Code of medical and sanitary regulations for the guidance of medical officers serving in the Madras Presidency - Volume II
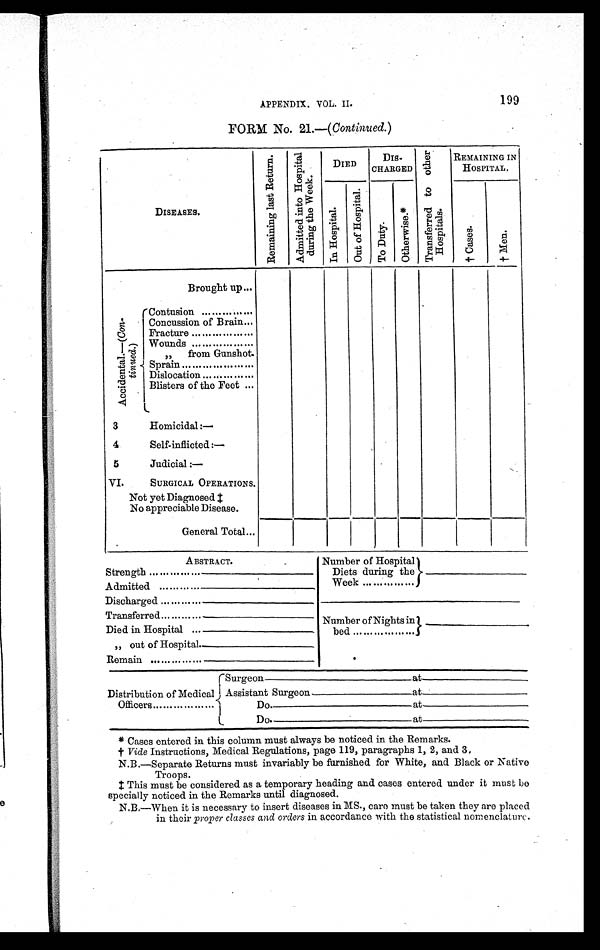
APPENDIX. VOL. II. 199
FORM No. 21.—( Continued. )
DISEASES.
R e m a i n i n g l a s t R e t u r n . A d m i t t e d i n t o H o s p i t a l d u r i n g t h e w e e k .
DIED
DIS-
CHARGED
T r a n s f e r r e d t o o t h e r H o s p i t a l s .
REMAINING IN
HOSPITAL.
I n H o s p i t a l .
O u t o f H o s p i t a l .
T o D u t y .
O t h e r w i s e . *
† C a s e s .
† M e n .
Brought up...
A c c i d e n t a l . — (C
o n - t i n u e d .
)
Contusion ... ... ... ... ...
Concussion of Brain ...
Fracture ... ... ... ... ... ...
Wounds ... ... ... ... ... ...
„ from Gunshot.
Sprain ... ... ... ... ... ... ...
Dislocation ... ... ... ... ...
Blisters of the Feet ...
3
Homicidal:—
4
Self-inflicted:—
5
Judicial :—
VI.
SURGICAL OPERATIONS.
Not yet Diagnosed ‡
No appreciable Disease.
General Total ...
ABSTRACT.
Number of Hospital
Diets during the
Week ... ... ... ... ...
———————
Strength ... ... ... ... ... ——————
Admitted ... ... ... ... ——————
Discharged ... ... ... ... ——————
Tr ansf er r ed . . . . . . . . . . . . ——————
Number of Nights in
bed ... ... ... ... ... ...
———————
Died in Hospital . . . ———————
,, out of Hospital.———————
Remain ... ... ... ... ... ———————
Surgeon ___________________ at ________________
Distribution of Medical Assistant Surgeon _____________ at _______________
Officers ... ... ... ... ... ...
Do. ________________________ at __________________
Do. _________________________ at ________________
* Cases entered in this column must always be noticed in the Remarks.
† Vide Instructions, Medical Regulations, page 119, paragraphs 1, 2, and 3.
N.B.—Separate Returns must invariably be furnished for White, and Black or Native
Troops.
‡ This must be considered as a temporary heading and cases entered under it must be
specially noticed in the Remarks until diagnosed.
N.B.—When it is necessary to insert diseases in MS., care must be taken they are placed
in their proper classes and orders in accordance with the statistical nomenclature.